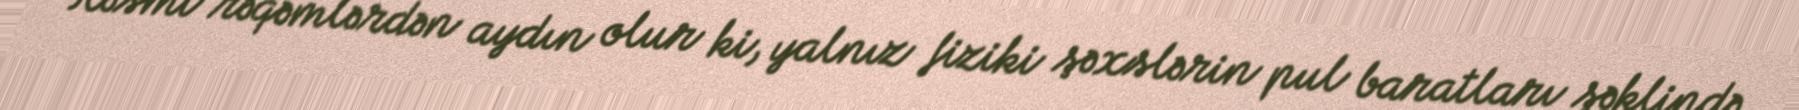
Rəsmi rəqəmlərdən aydın olur ki, yalnız fiziki şəxslərin pul baratları şəklində